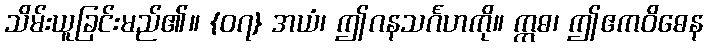
သိမ်းယူခြင်းမည်၏။ {၀၇} အယံ၊ ဤဂနသင်္ဂဟကို။ ဣဓ၊ ဤဧကဝိဓေန